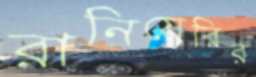
রানিয়েরির